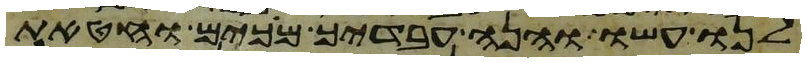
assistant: לנו עשו והנה עבדיך מכים וחטאת